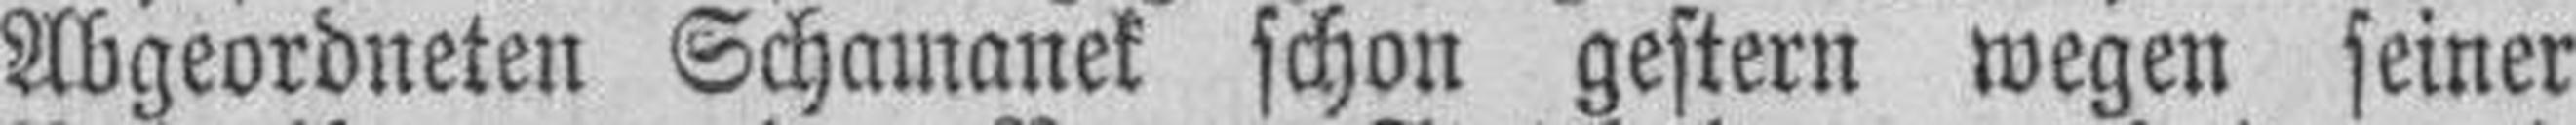
Abgeordneten Schamanek schon gestern wegen seiner